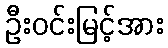
ဦးဝင်းမြင့်အား